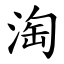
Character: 淘